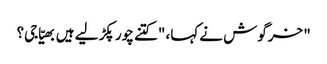
" خرگوش نے کہا، "کتنے چور پکڑ لیے ہیں بھیّا جی؟